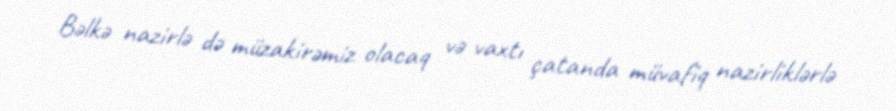
Bəlkə nazirlə də müzakirəmiz olacaq və vaxtı çatanda müvafiq nazirliklərlə